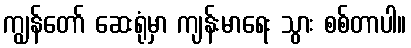
ကျွန်တော် ဆေးရုံမှာ ကျန်းမာရေး သွား စစ်တာပါ။